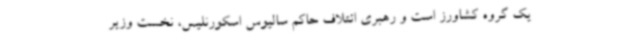
یک گروه کشاورز است و رهبری ائتلاف حاکم سالیوس اسکورنلیس، نخست وزیر